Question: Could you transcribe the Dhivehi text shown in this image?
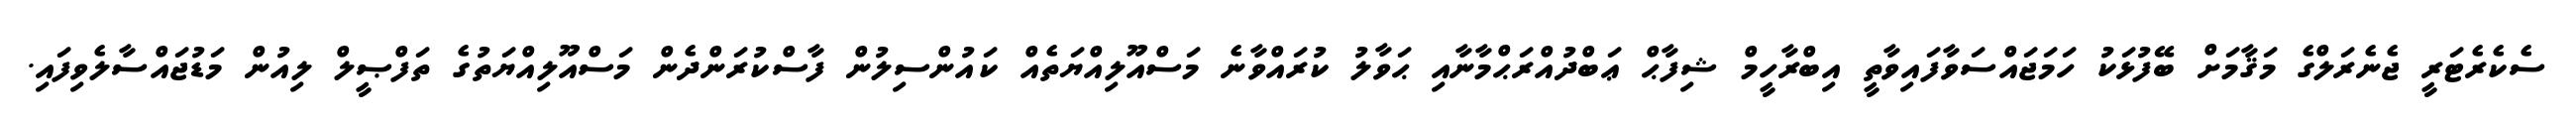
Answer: ސެކެރެޓަރީ ޖެނެރަލްގެ މަޤާމަށް ބޭފުޅަކު ހަމަޖައްސަވާފައިވާތީ އިބްރާހީމް ޝިފާޙް ޢަބްދުއްރަޙްމާނާއި ޙަވާލު ކުރައްވާނެ މަސްއޫލިއްޔަތެއް ކައުންސިލުން ފާސްކުރަންދެން މަސްއޫލިއްޔަތުގެ ތަފްޞީލް ލިއުން މަޑުޖައްސާލެވިފައި.